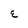
Character: E